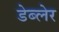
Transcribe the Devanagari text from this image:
डेब्लेर